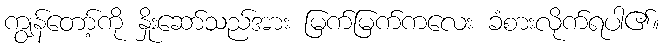
ကျွန်တော့်ကို နှိုးဆော်သည်အား မြက်မြက်ကလေး ခံစားလိုက်ရပါ၏။